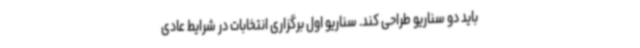
باید دو سناریو طراحی کند. سناریو اول برگزاری انتخابات در شرایط عادی